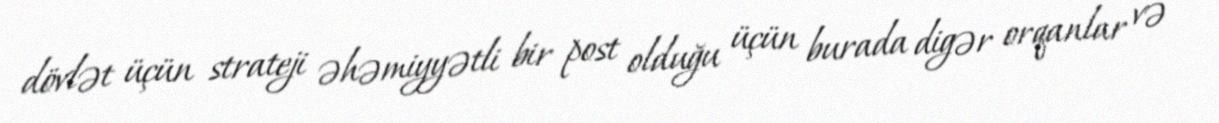
dövlət üçün strateji əhəmiyyətli bir post olduğu üçün burada digər orqanlar və